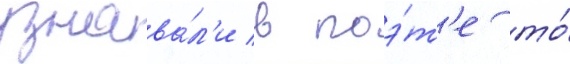
узнава́л'и в поэ́т'е то́